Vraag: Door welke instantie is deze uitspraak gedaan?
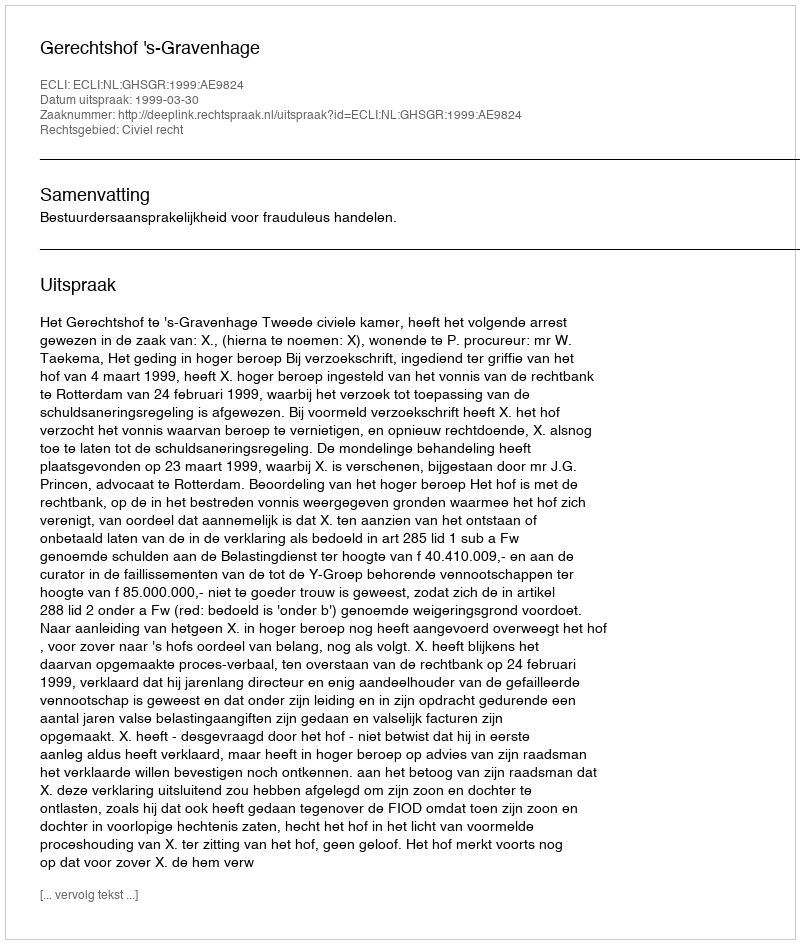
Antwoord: Gerechtshof 's-Gravenhage